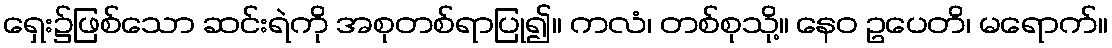
ရှေး၌ဖြစ်သော ဆင်းရဲကို အစုတစ်ရာပြု၍။ ကလံ၊ တစ်စုသို့။ နေဝ ဥပေတိ၊ မရောက်။